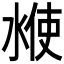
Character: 𰜇